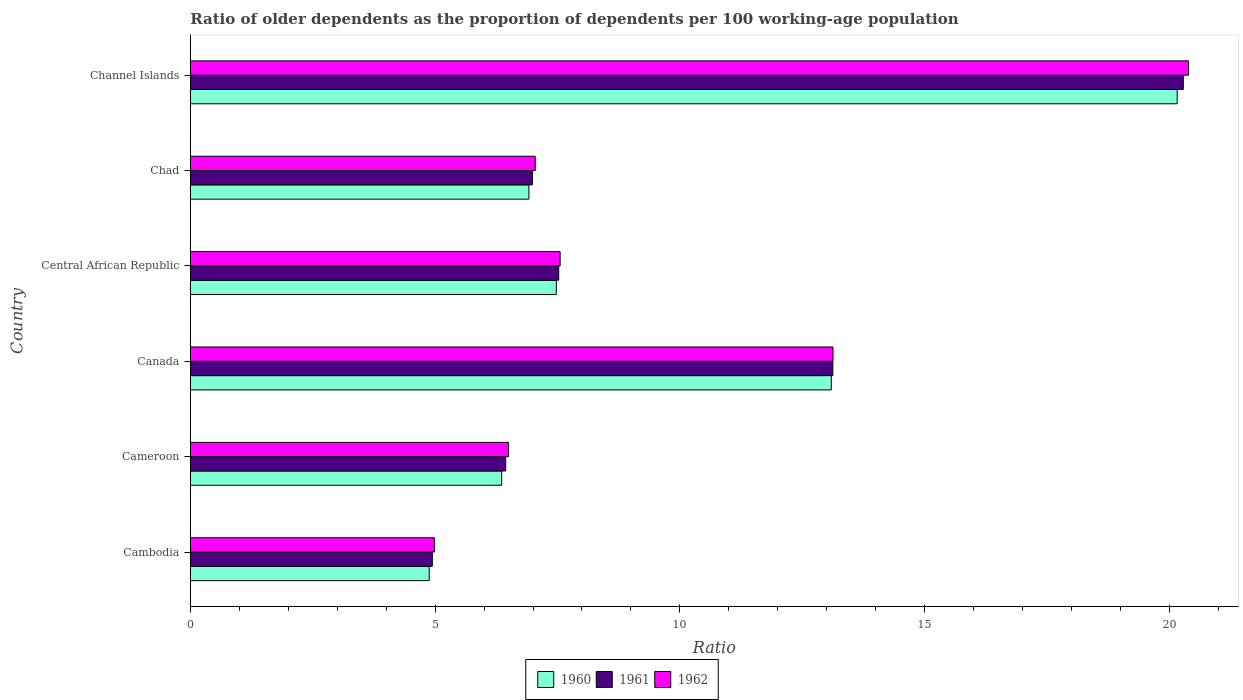
| Country | 1960 | 1961 | 1962 |
 | --- | --- | --- | --- |
 | Cambodia | 4.88 | 4.94 | 4.99 |
 | Cameroon | 6.36 | 6.44 | 6.5 |
 | Canada | 13.1 | 13.1 | 13.1 |
 | Central African Republic | 7.48 | 7.53 | 7.55 |
 | Chad | 6.92 | 6.99 | 7.05 |
 | Channel Islands | 20.2 | 20.3 | 20.4 |